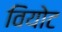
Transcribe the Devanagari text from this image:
वियोट